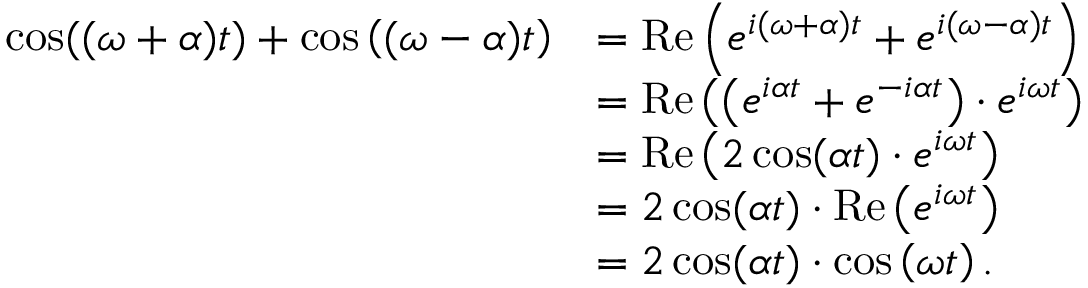
{ \begin{array} { r l } { \cos ( ( \omega + \alpha ) t ) + \cos \left( ( \omega - \alpha ) t \right) } & { = \operatorname { R e } \left( e ^ { i ( \omega + \alpha ) t } + e ^ { i ( \omega - \alpha ) t } \right) } \\ & { = \operatorname { R e } \left( \left( e ^ { i \alpha t } + e ^ { - i \alpha t } \right) \cdot e ^ { i \omega t } \right) } \\ & { = \operatorname { R e } \left( 2 \cos ( \alpha t ) \cdot e ^ { i \omega t } \right) } \\ & { = 2 \cos ( \alpha t ) \cdot \operatorname { R e } \left( e ^ { i \omega t } \right) } \\ & { = 2 \cos ( \alpha t ) \cdot \cos \left( \omega t \right) . } \end{array} }